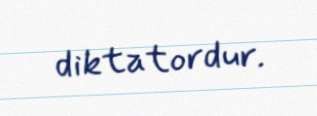
diktatordur.